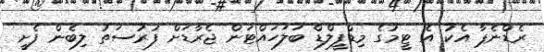
ރެޑްނެޕާ އެކު އެ ޓީމުގެ މިޑްފީލްޑް ބަލަހައްޓަން ޖެރާޑަށް ފުރުސަތު ލިބެން ފެށީ